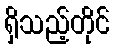
ရှိသည့်တိုင်